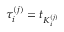
\tau _ { i } ^ { ( j ) } = t _ { K _ { i } ^ { ( j ) } }